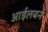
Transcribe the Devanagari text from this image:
आईलबर्न